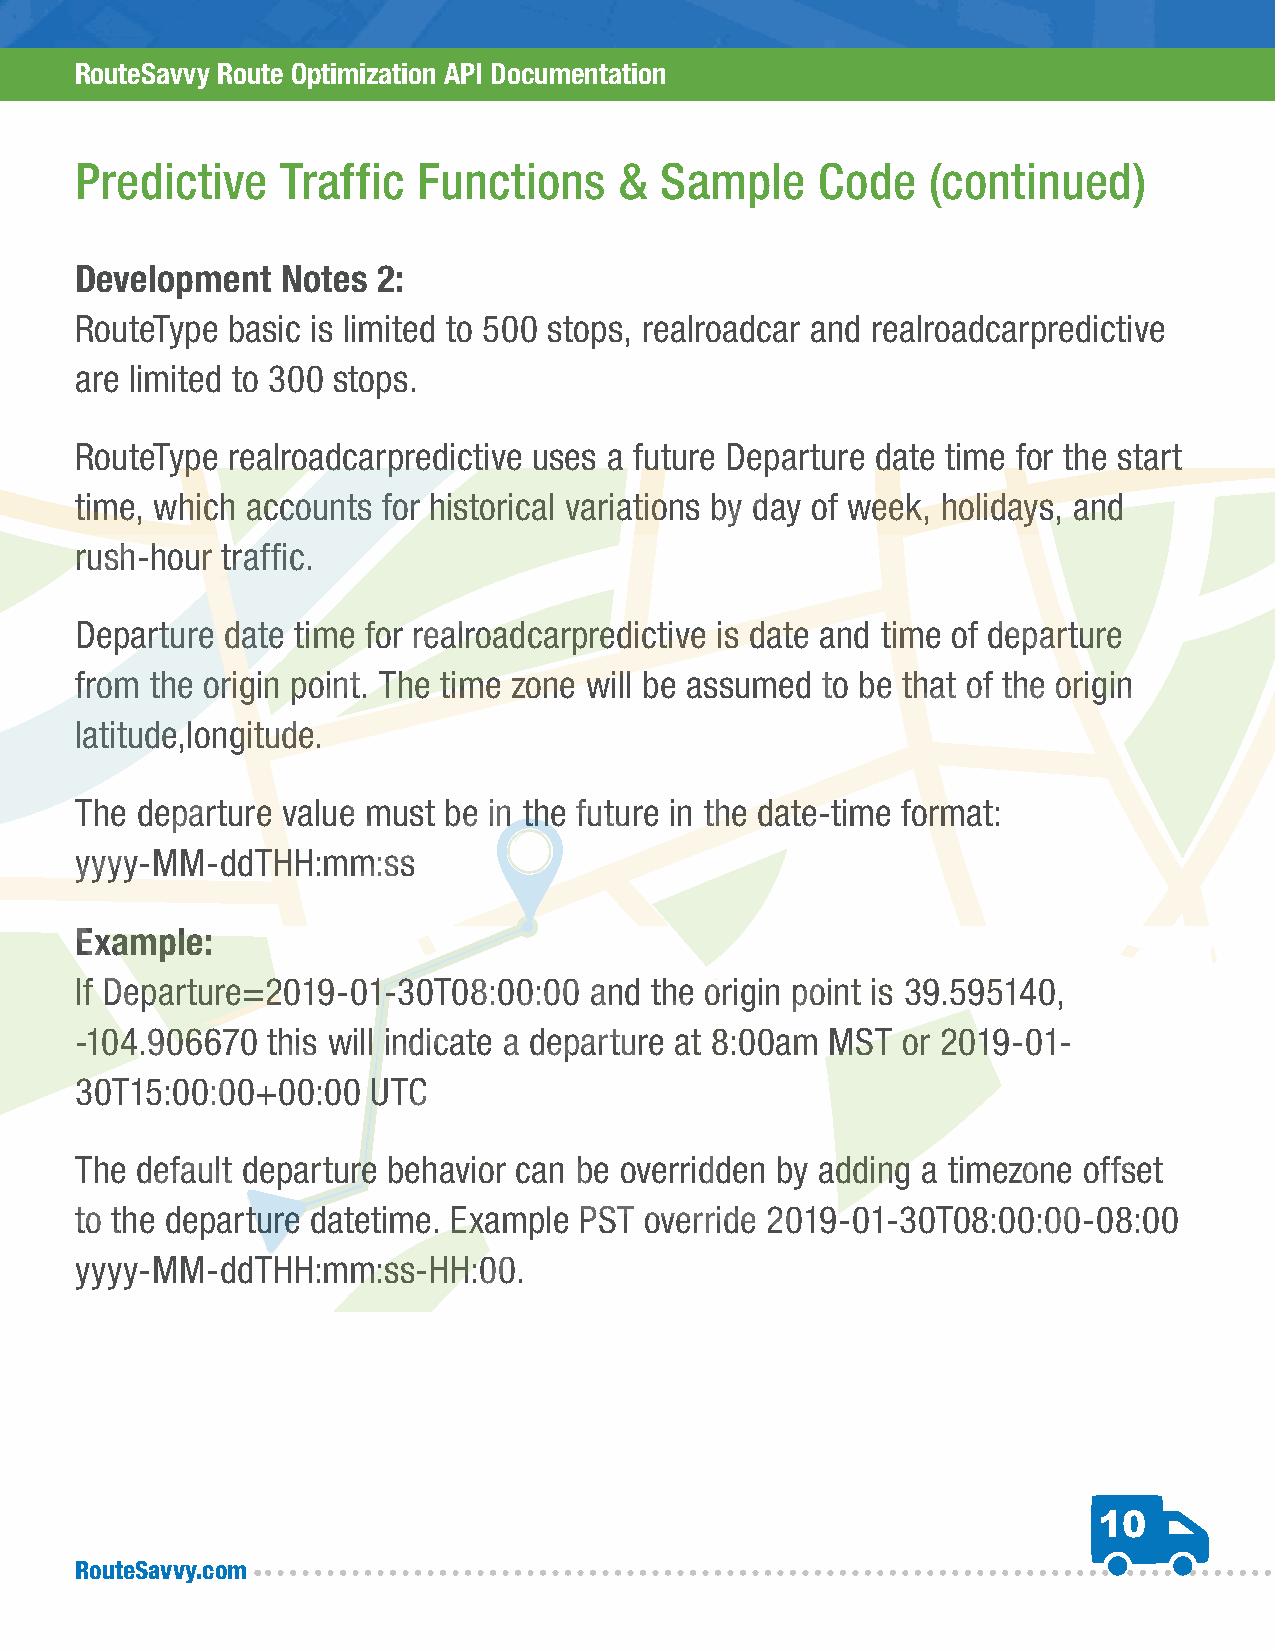
RouteSavvy Route Optimization API Documentation
 Predictive    Traffic  Functions    &  Sample    Code    (continued)
 Development   Notes 2:
 RouteType basic is limited to 500 stops, realroadcar and realroadcarpredictive
 are limited to 300 stops.
 RouteType realroadcarpredictive uses a future Departure date time for the start
 time, which accounts for historical variations by day of week, holidays, and
 rush-hour traffic.
 Departure date time for realroadcarpredictive is date and time of departure
 from the origin point. The time zone will be assumed to be that of the origin
 latitude,longitude.
 The departure value must be in the future in the date-time format:
 yyyy-MM-ddTHH:mm:ss
 Example:
 If Departure=2019-01-30T08:00:00  and the origin point is 39.595140,
 -104.906670  this will indicate a departure at 8:00am MST or 2019-01-
 30T15:00:00+00:00   UTC
 The default departure behavior can be overridden by adding a timezone offset
 to the departure datetime. Example PST override 2019-01-30T08:00:00-08:00
 yyyy-MM-ddTHH:mm:ss-HH:00.
 10
 RouteSavvy.com